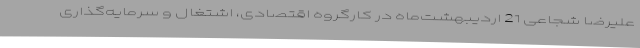
علیرضا شجاعی 21 اردیبهشت‌ماه در کارگروه اقتصادی، اشتغال و سرمایه‌گذاری